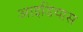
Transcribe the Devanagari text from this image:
आइडियास